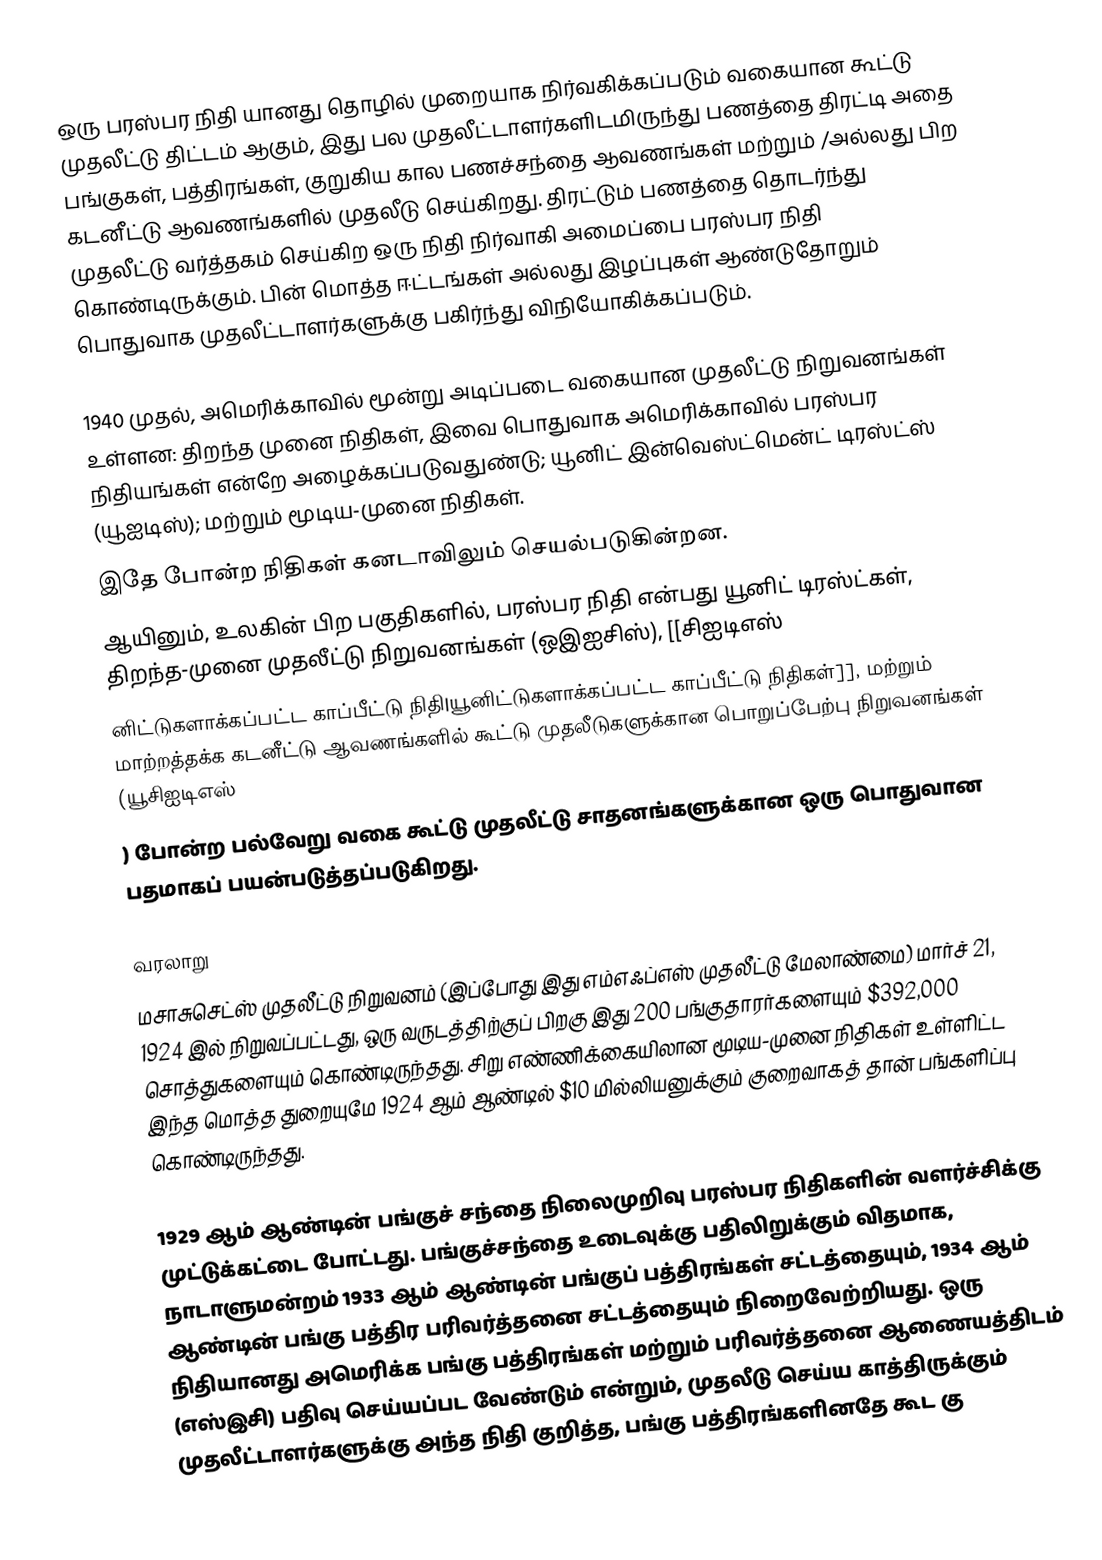
ஒரு பரஸ்பர நிதி யானது தொழில் முறையாக நிர்வகிக்கப்படும் வகையான கூட்டு முதலீட்டு திட்டம் ஆகும், இது பல முதலீட்டாளர்களிடமிருந்து பணத்தை திரட்டி அதை பங்குகள், பத்திரங்கள், குறுகிய கால பணச்சந்தை ஆவணங்கள் மற்றும் /அல்லது பிற கடனீட்டு ஆவணங்களில் முதலீடு செய்கிறது. திரட்டும் பணத்தை தொடர்ந்து முதலீட்டு வர்த்தகம் செய்கிற ஒரு நிதி நிர்வாகி அமைப்பை பரஸ்பர நிதி கொண்டிருக்கும். பின் மொத்த ஈட்டங்கள் அல்லது இழப்புகள் ஆண்டுதோறும் பொதுவாக முதலீட்டாளர்களுக்கு பகிர்ந்து விநியோகிக்கப்படும்.

1940 முதல், அமெரிக்காவில் மூன்று அடிப்படை வகையான முதலீட்டு நிறுவனங்கள் உள்ளன: திறந்த முனை நிதிகள், இவை பொதுவாக அமெரிக்காவில் பரஸ்பர நிதியங்கள் என்றே அழைக்கப்படுவதுண்டு; யூனிட் இன்வெஸ்ட்மென்ட் டிரஸ்ட்ஸ் (யூஐடிஸ்); மற்றும் மூடிய-முனை நிதிகள்.
இதே போன்ற நிதிகள் கனடாவிலும் செயல்படுகின்றன.
ஆயினும், உலகின் பிற பகுதிகளில், பரஸ்பர நிதி என்பது யூனிட் டிரஸ்ட்கள், திறந்த-முனை முதலீட்டு நிறுவனங்கள் (ஒஇஐசிஸ்), [[சிஐடிஎஸ்
னிட்டுகளாக்கப்பட்ட காப்பீட்டு நிதி|யூனிட்டுகளாக்கப்பட்ட காப்பீட்டு நிதிகள்]], மற்றும் மாற்றத்தக்க கடனீட்டு ஆவணங்களில் கூட்டு முதலீடுகளுக்கான பொறுப்பேற்பு நிறுவனங்கள் (யூசிஐடிஎஸ்
) போன்ற பல்வேறு வகை கூட்டு முதலீட்டு சாதனங்களுக்கான ஒரு பொதுவான பதமாகப் பயன்படுத்தப்படுகிறது.

வரலாறு
மசாசுசெட்ஸ் முதலீட்டு நிறுவனம் (இப்போது இது எம்எஃப்எஸ் முதலீட்டு மேலாண்மை) மார்ச் 21, 1924 இல் நிறுவப்பட்டது, ஒரு வருடத்திற்குப் பிறகு இது 200 பங்குதாரர்களையும் $392,000 சொத்துகளையும் கொண்டிருந்தது. சிறு எண்ணிக்கையிலான மூடிய-முனை நிதிகள் உள்ளிட்ட இந்த மொத்த துறையுமே 1924 ஆம் ஆண்டில் $10 மில்லியனுக்கும் குறைவாகத் தான் பங்களிப்பு கொண்டிருந்தது.

1929 ஆம் ஆண்டின் பங்குச் சந்தை நிலைமுறிவு பரஸ்பர நிதிகளின் வளர்ச்சிக்கு முட்டுக்கட்டை போட்டது. பங்குச்சந்தை உடைவுக்கு பதிலிறுக்கும் விதமாக, நாடாளுமன்றம் 1933 ஆம் ஆண்டின் பங்குப் பத்திரங்கள் சட்டத்தையும், 1934 ஆம் ஆண்டின் பங்கு பத்திர பரிவர்த்தனை சட்டத்தையும் நிறைவேற்றியது. ஒரு நிதியானது அமெரிக்க பங்கு பத்திரங்கள் மற்றும் பரிவர்த்தனை ஆணையத்திடம் (எஸ்இசி) பதிவு செய்யப்பட வேண்டும் என்றும், முதலீடு செய்ய காத்திருக்கும் முதலீட்டாளர்களுக்கு அந்த நிதி குறித்த, பங்கு பத்திரங்களினதே கூட கு